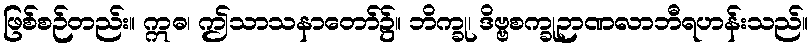
ဖြစ်စဉ်တည်း။ ဣဓ၊ ဤသာသနာတော်၌။ ဘိက္ခု၊ ဒိဗ္ဗစက္ခုဉာဏလာဘီရဟန်းသည်။